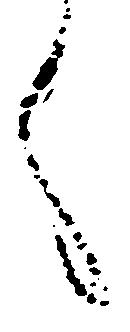
言